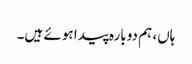
ہاں، ہم دوبارہ پیدا ہوئے ہیں۔